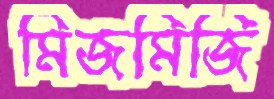
মিজমিজি